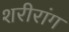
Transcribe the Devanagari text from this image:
शरीरांग